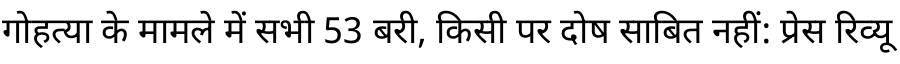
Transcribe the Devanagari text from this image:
गोहत्या के मामले में सभी 53 बरी, किसी पर दोष साबित नहीं: प्रेस रिव्यू